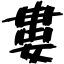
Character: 婁